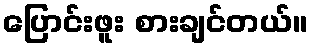
ပြောင်းဖူး စားချင်တယ်။